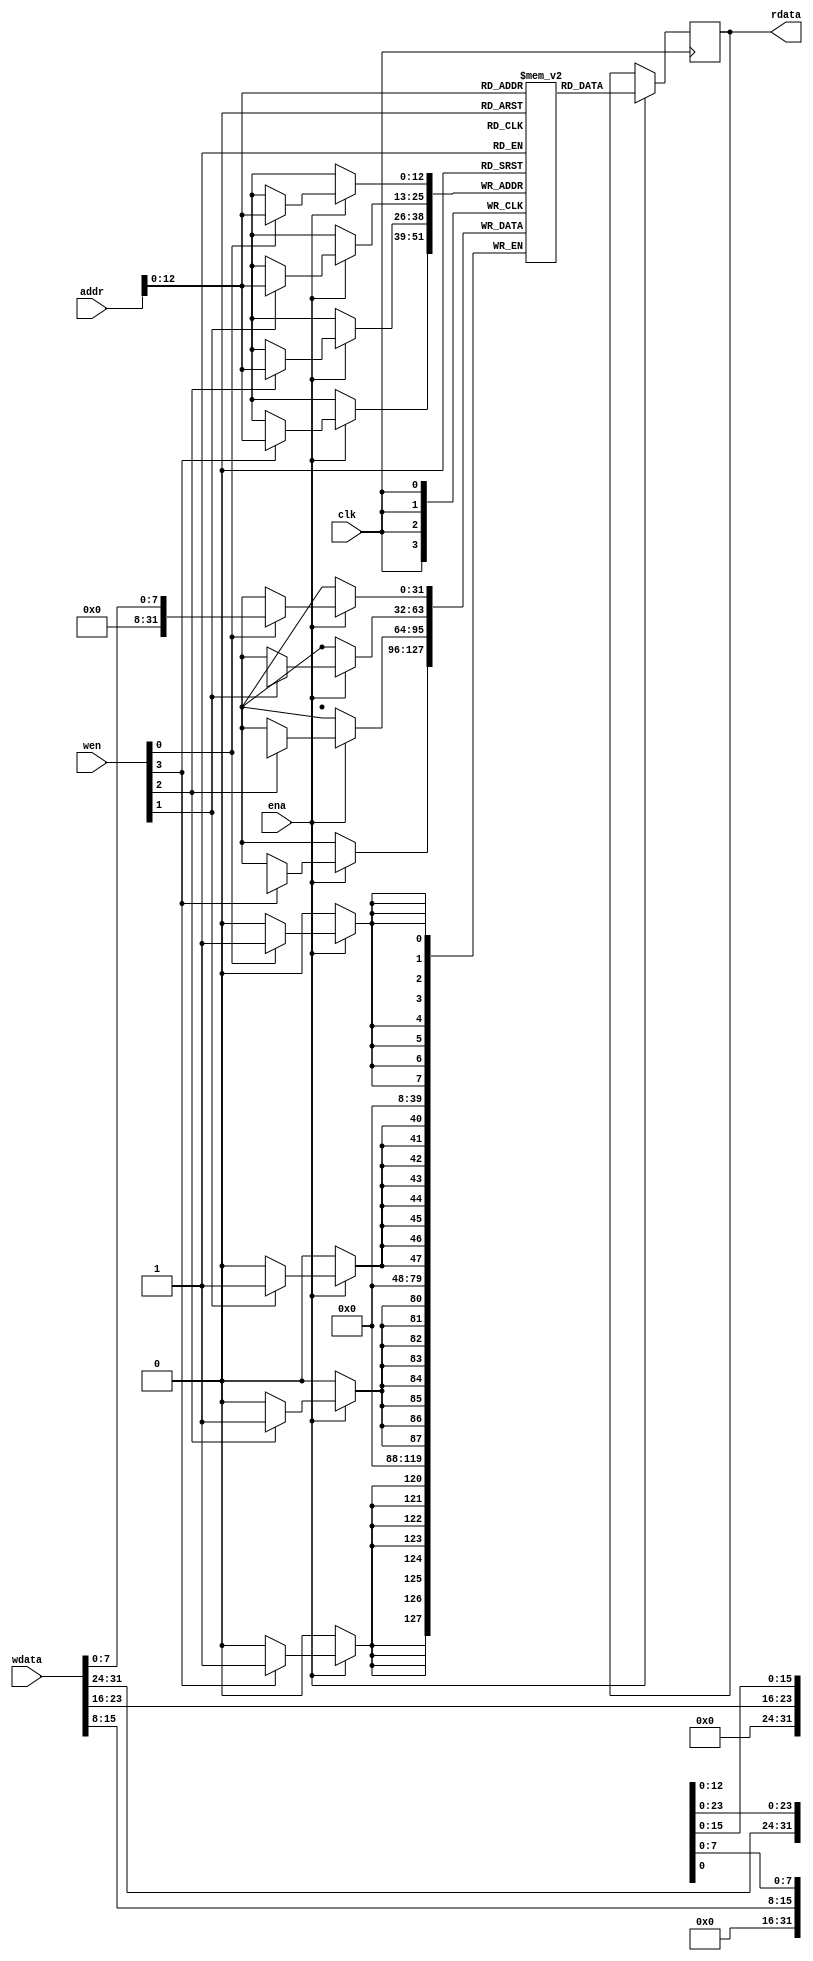
module openstriVe_soc_mem #(
	parameter integer WORDS = 4096*2
) (
	input clk,
	input ena,
	input [3:0] wen,
	input [21:0] addr,
	input [31:0] wdata,
	output reg [31:0] rdata
);
	reg [31:0] mem [0:WORDS-1];
	always @(posedge clk) begin
		if (ena == 1'b1) begin
			rdata <= mem[addr];
			if (wen[0]) mem[addr][ 7: 0] <= wdata[ 7: 0];
			if (wen[1]) mem[addr][15: 8] <= wdata[15: 8];
			if (wen[2]) mem[addr][23:16] <= wdata[23:16];
			if (wen[3]) mem[addr][31:24] <= wdata[31:24];
		end
	end
endmodule